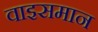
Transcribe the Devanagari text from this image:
वाइसमान